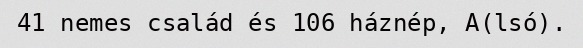
41 nemes család és 106 háznép, A(lsó).